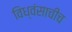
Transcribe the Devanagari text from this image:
विध्वंसाचीच